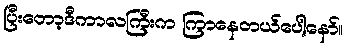
ပြီးတော့ဒီကာလကြီးက ကြာနေတယ်ပေါ့နော်။